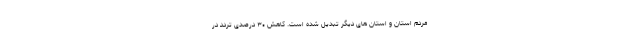
مردم استان و استان های دیگر تبدیل شده است. کاهش ۳۰ درصدی تردد در